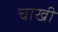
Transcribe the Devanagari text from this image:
चाखी